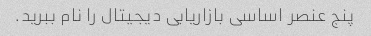
پنج عنصر اساسی بازاریابی دیجیتال را نام ببرید.